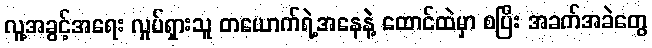
လူ့အခွင့်အရေး လှုပ်ရှားသူ တယောက်ရဲ့အနေနဲ့ ထောင်ထဲမှာ စပြီး အခက်အခဲတွေ